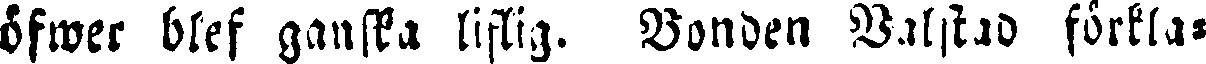
öfwer blef ganska liflig. Bonden Valstad förkla-